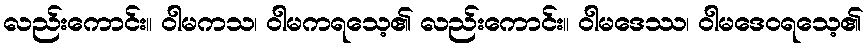
လည်းကောင်း။ ဝါမကသ၊ ဝါမကရသေ့၏ လည်းကောင်း။ ဝါမဒေဿ၊ ဝါမဒေဝရသေ့၏